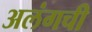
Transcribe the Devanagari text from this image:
अलंगची